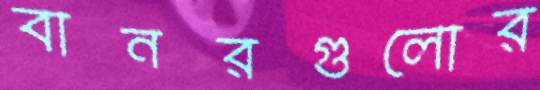
বানরগুলোর